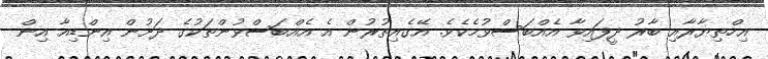
އިހްތިޔާރާއި ބާރު ދީފައިވާ އެއްބަސްވުމެކެވެ. އޭގެއިތުރުން އެ އެއްބަސްވުންތަކުގެ ދަށުން އިންޑިއާ އިން